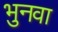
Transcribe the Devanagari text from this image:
भुनवा